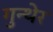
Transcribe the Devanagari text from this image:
गुन्थेर